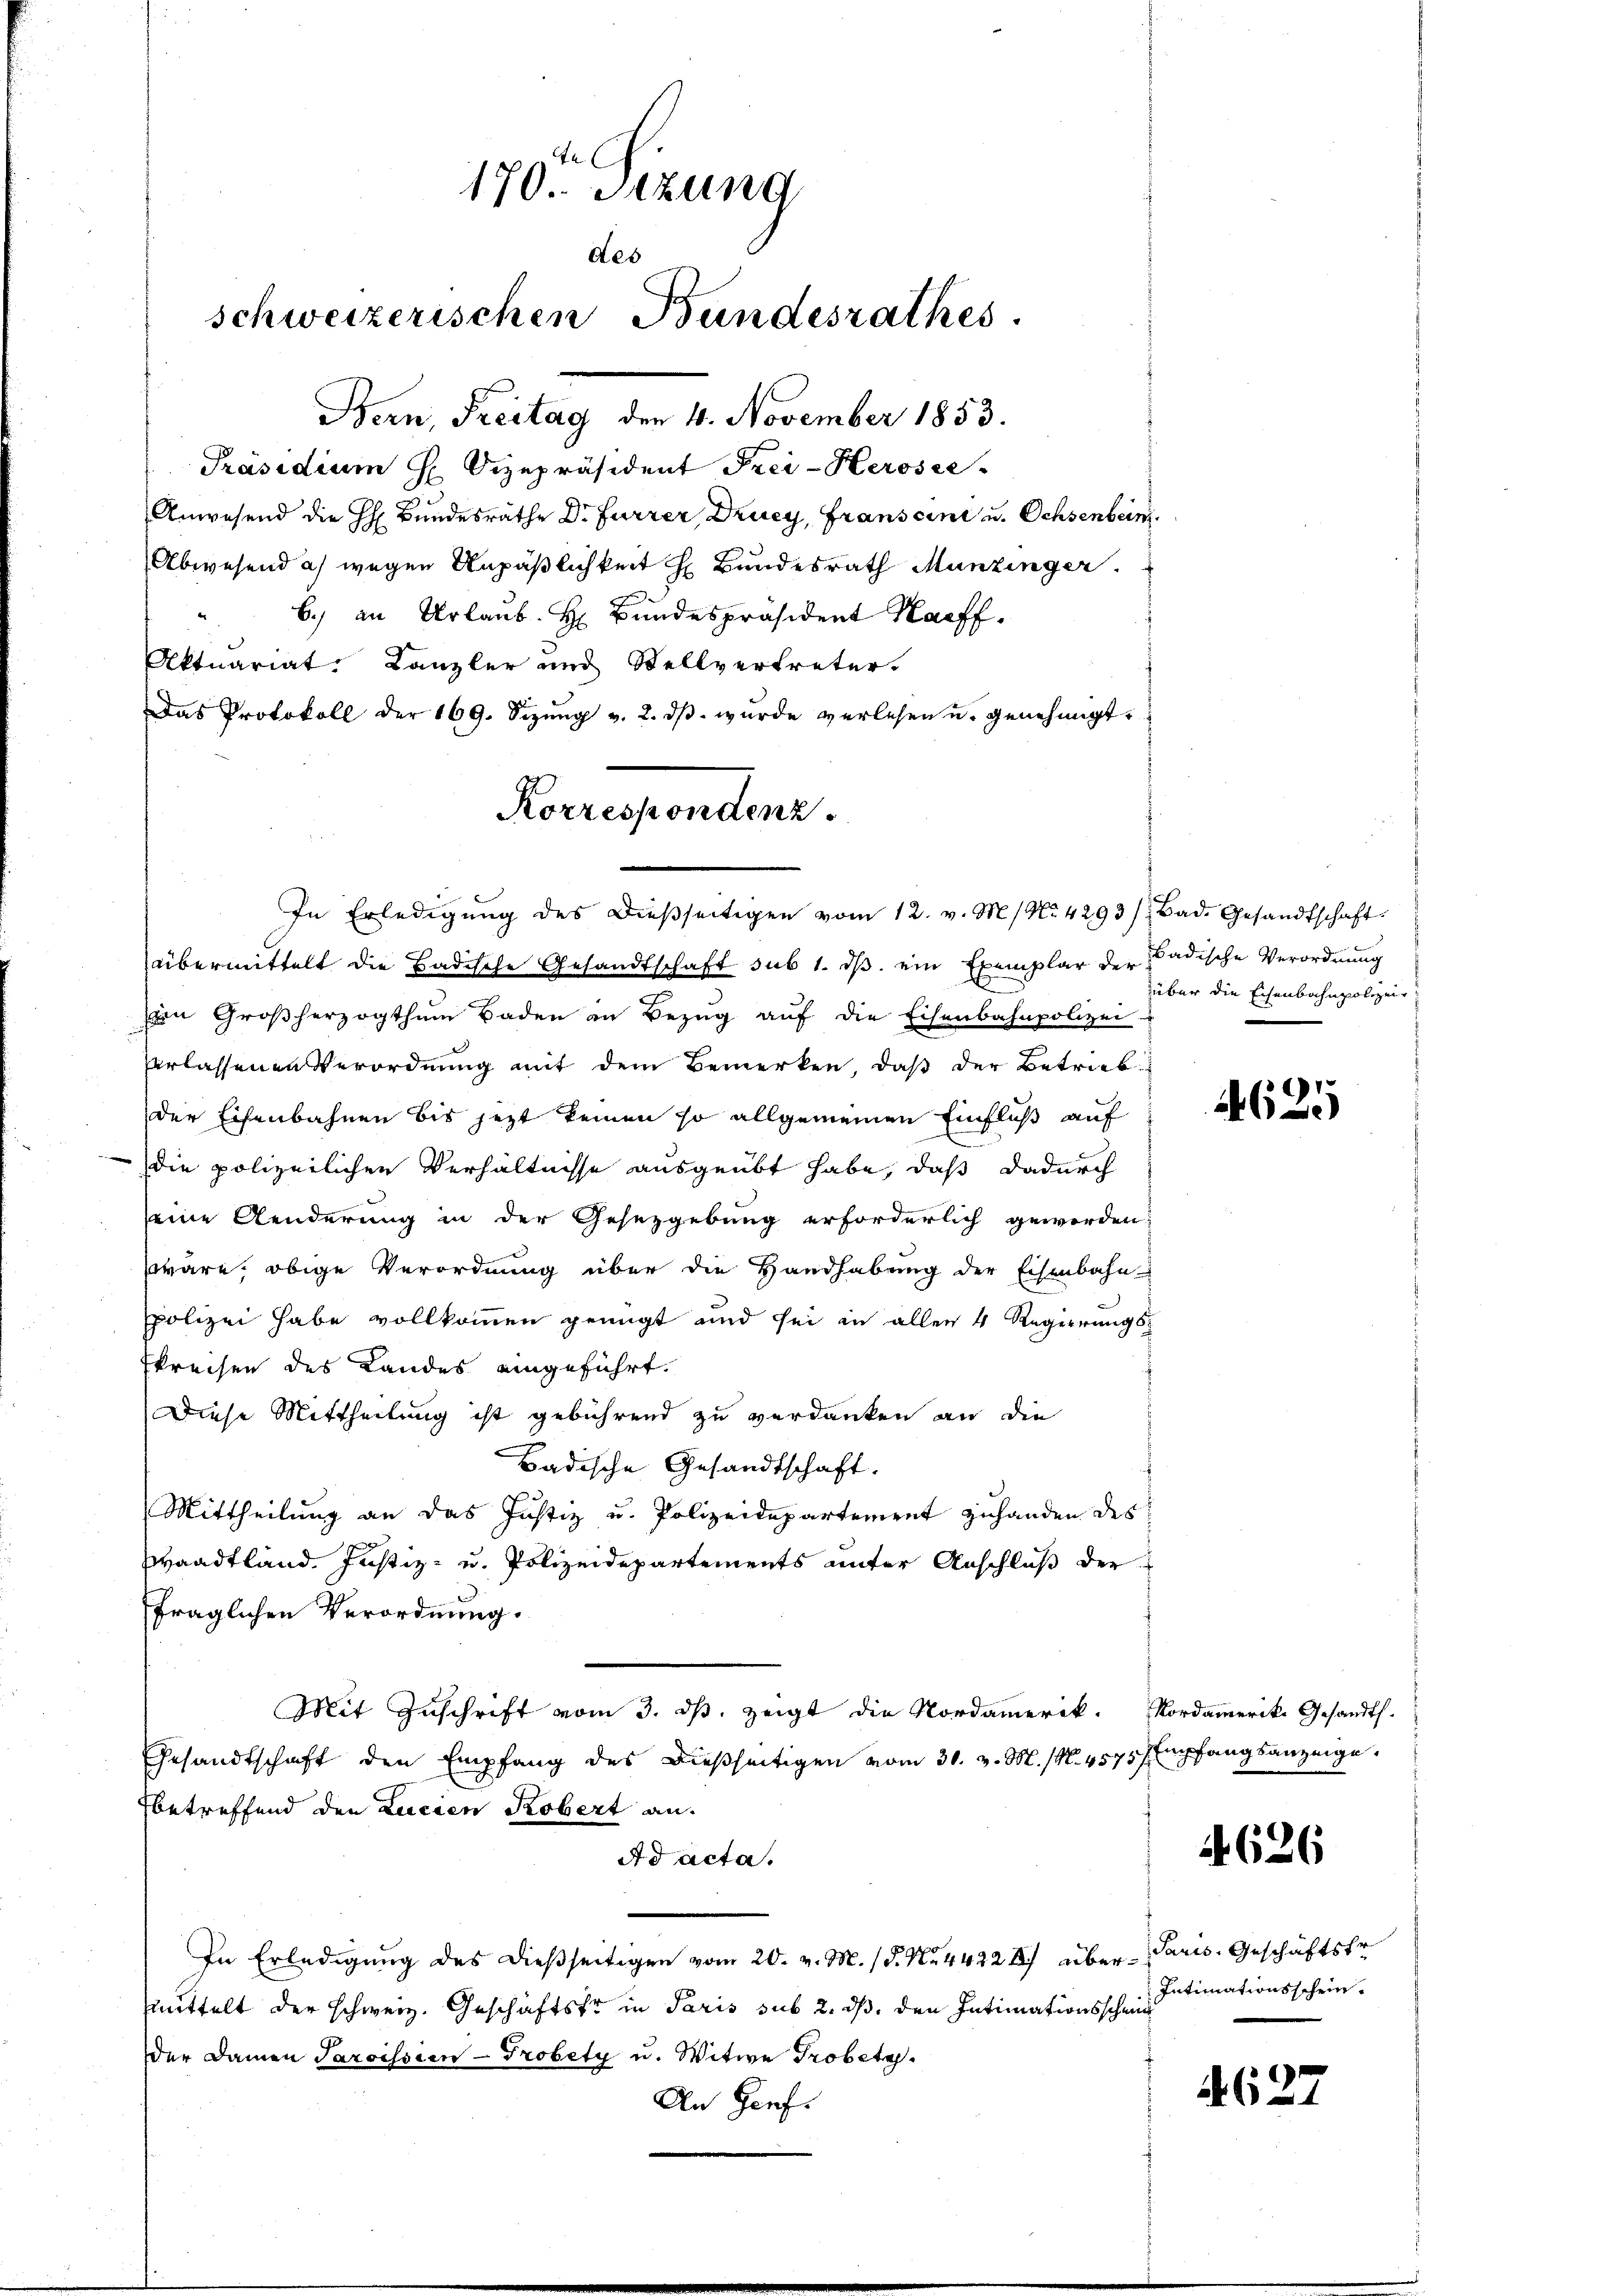
170. Setzung
des
schweizerischen Bundesrathes.
Bern, Freitag den 4. November 1853.

Präsidium H. Vizepräsident Frei-Herosee-
Anwesend die H. Bundesrathe Dr. Furrer, Druey, Franscini u. Ochsenbein.
Abwesend a) wegen Unpäßlichkeit H. Bundesrath Munzinger.
6.) an Urlaub. H. Bundespräsident Haff.
Aktuariat. Kanzler und Stellvertreter.
Das Protokoll der 169. Sizŭng v. 2. dβ. wurde verlesen u. genehmigt.
übermittelt die Badische Gesandtschaft sub 1. dβ ein Exemplar der Ladische Verordnung
n Großherzogthum Baden in Bezŭg aŭf die Eisenbahnpolizei.
Erlassenen Verordnung mit dem Bemerken, daß der Betrieb
der Eisenbahnen bis jezt keinen so allgemeinen Einfluß auf
die polizeilichen Verhältnisse ausgeübt habe, daß dadurch
seine Aenderung in der Gesetzgebung erforderlich geworden,
wäre, obige Verordnung über die Handhabung der Eisenbahn-
polizei habe vollkommen genügt und sei in allen 4 Regierungsskreisen des Landes eingeführt.
Diese Mittheilung ist gebührend zu verdanken an die
Badische Gesandtschaft.
Mittheilung an das Justiz u. Polizeidepartement zuhanden des
Waadtland. Justiz- u. Polizeidepartements unter Anschluß der
fraglichen Verordnung.
Mit Zuschrift vom 3. ds. zeigt die Nordamerek. Nordamerike Gesandts.
Gesandtschaft den Empfang des dießseitigen vom 30. v. M. (N. 4575/ Empfangsanzeige.
betreffend den Lucien Kobert an.
A d acta.
In Erledigung des dießseitigen vom 20. v. M. /d. No. 4422 II) über Paris, Geschäftsfr
mittelt der schweiz. Geschäftstr in Paris sub 2. ds. den Intimationsscheid
der Damen Paroissen - Trobety u. Witwe Probetr.
An Genf.

Korrespondenz.
.
In Erledigŭng des dießseitigen vom 12. v. M. No. 4293/ Bad. Gesandtschaft

über die Eisenbahnpolizeir

625

4626

Intimationsschein¬

4627